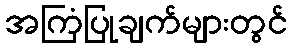
အကြံပြုချက်များတွင်